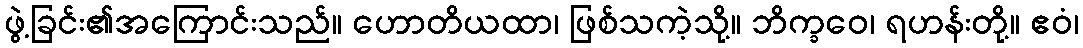
ဖွဲ့ခြင်း၏အကြောင်းသည်။ ဟောတိယထာ၊ ဖြစ်သကဲ့သို့။ ဘိက္ခဝေ၊ ရဟန်းတို့။ ဧဝံ၊